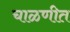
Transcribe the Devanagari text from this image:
चाळणीत